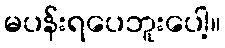
မပန်းရပေဘူးပေါ့။